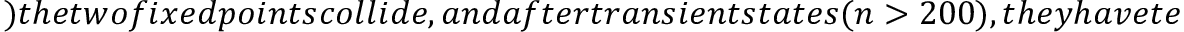
) t h e t w o f i x e d p o i n t s c o l l i d e , a n d a f t e r t r a n s i e n t s t a t e s ( n > 2 0 0 ) , t h e y h a v e t e n d e n c y t o m e r g i n g i n t o a s i n g l e f i x e d p o i n t , a s w e e x p l a i n e d e a r l i e r i n F i g u r e